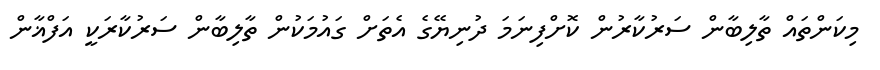
މިކަންތައް ތާލިބާން ސަރުކާރުން ކޮށްފިނަމަ ދުނިޔޭގެ އެތަށް ގައުމަކުން ތާލިބާން ސަރުކާރަކީ އަފްޣާން